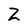
Character: Z